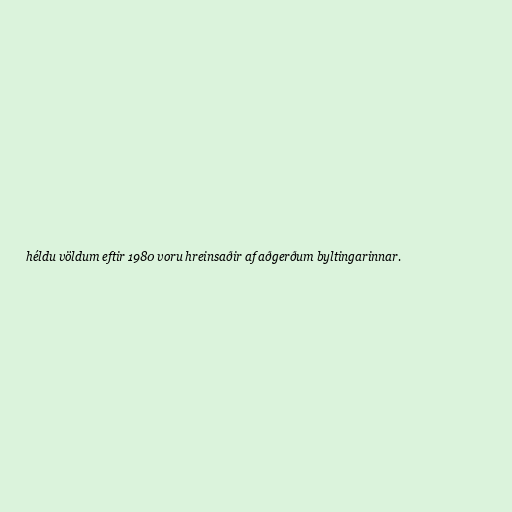
héldu völdum eftir 1980 voru hreinsaðir af aðgerðum byltingarinnar.